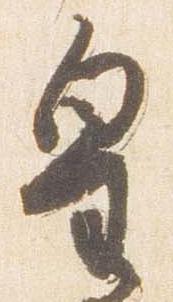
皇